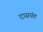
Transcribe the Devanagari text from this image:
दासवंत